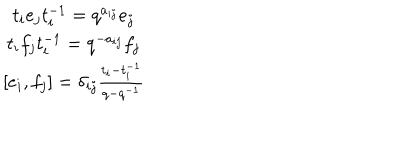
\begin{array} { c } { { t _ { i } e _ { j } t _ { i } ^ { - 1 } = q ^ { a _ { i j } } e _ { j } } } \\ { { t _ { i } f _ { j } t _ { i } ^ { - 1 } = q ^ { - a _ { i j } } f _ { j } } } \\ { { { } [ e _ { i } , f _ { j } ] = \delta _ { i j } \frac { t _ { i } - t _ { i } ^ { - 1 } } { q - q ^ { - 1 } } } } \\ \end{array}